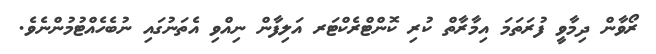
ރޯވާން ދިމާވީ ފުރަތަމަ އިމާރާތް ކުރި ކޮންޓްރެކްޓަރ އަލިފާން ނިއްވި އެތަނުގައި ނުބެހެއްޓުމުންނެވެ.